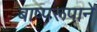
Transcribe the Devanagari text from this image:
बाष्परूपाने